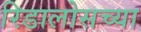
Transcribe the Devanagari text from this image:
रिडालोसच्या